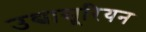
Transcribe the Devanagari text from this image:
उद्यासूरियन